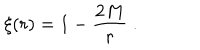
\xi ( r ) = 1 - \frac { 2 M } { r } \; .